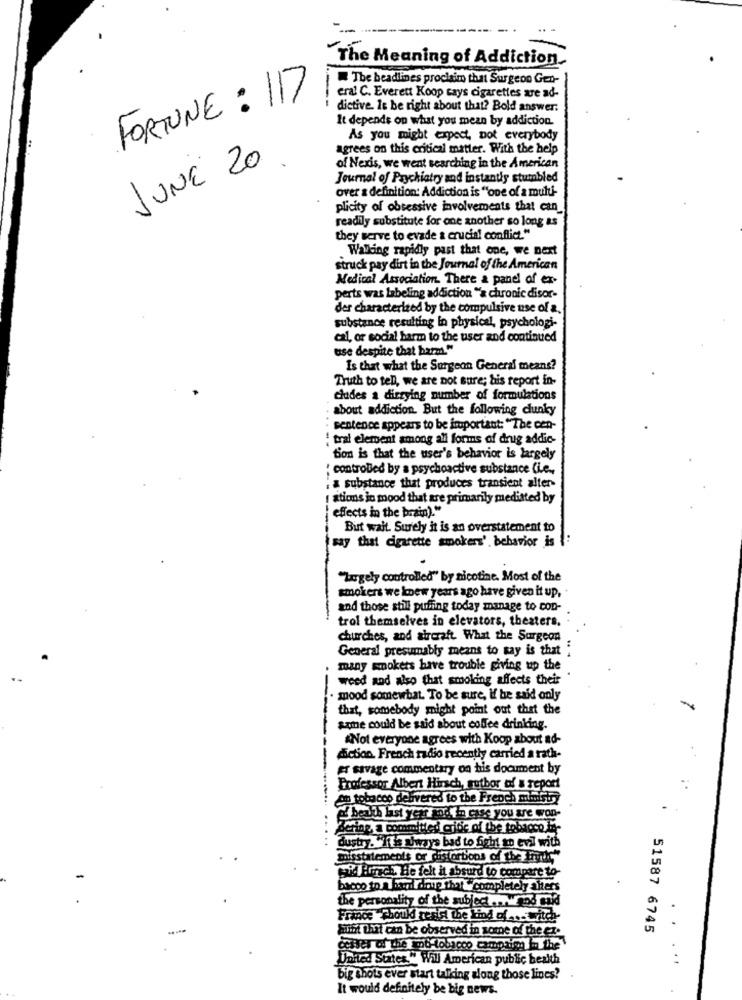
The Meaning of Addiction
The headlines proclaim that Surgeon Gen-
FORTUNE : 117
eral C. Everett Koop says cigarettes are ad-
dictive. It be right about that? Bold answer.
It depends on what you mean by addiction.
As you might expect, not everybody
agrees on this critical matter. With the help
JUNE 20 .
of Nexis, we went searching in the American
Journal of Psychiatry and instantly stumbled
over a definition: Addiction is "one of a multi-
plicity of obsessive involvements that can
readily substitute for one another so long as
they serve to evade a crucial conflict."
Waiting rapidly past that one, we next
struck pay dirt in the Journal of the American
Medical Association. There a panel of ex-
perts was labeling addiction "a chronic disor-
der characterized by the compulsive use of a.
substance resulting in physical, psychologi-
cal, or social harm to the user and continued
use despite that harm."
Is that what the Surgeon General means?
Truth to tell, we are not sure; bis report in-
cludes a dirrying number of formulations
about addiction. But the following clunky
sentence appears to be important: "The cen-
! tral element among all forms of drug addic-
tion is that the user's behavior is largely
: controlled by a psychoactive substance (i.e .,
a substance that produces transient alter-
ations in mood that are primarily meditted by
effects in the brain)."
But wait. Surely it is an overstatement to
say that cigarette smokers', behavior is {
"Largely controlled" by nicotine. Most of the
smokers we knew years ago have given it up,
and those still puffing today manage to con-
trol themselves in elevators, theaters.
churches, and aircraft. What the Surgeon
General presumably means to say is that ;
many smokers have trouble giving up the
weed and also that smoking affects their
mood somewhat. To be sure, If he said only
that, somebody might point out that the
some could be said about coffee drinking.
Not everyone agrees with Koop about ad-
diction. French radio recently carried a rath-
------
er savage commentary on his document by
Professor Albert Hirsch, author of s report
Am tobacco delivered to the French mart
f beuth last yer mod in case you are won-
Acting, a committed cribe of the tobacco.in
.....
dustry. It is ways bad to fight to evil with
misstatements or distortions of the Fruits,"
paid Hirsch He felt it absurd to compare to-
bacco to A bari drup that "completely alters
the personality of the subject .. wand and
France Fboul teriel the kind of ... Witch-
Sufit that can be observed in some of the er-
51587 6745
. .
celles of the 6 tobacco comprimi. the
United States " Will American public health
big shots ever start talking along those lines?
It would definitely be big news.